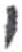
אות: י